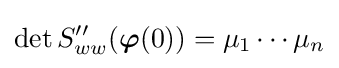
\det S''_{ww}({\boldsymbol {\varphi }}(0))=\mu _{1}\cdots \mu _{n}